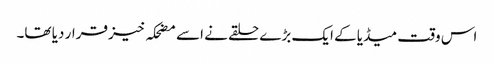
اس وقت میڈیا کے ایک بڑے حلقے نے اسے مضحکہ خیز قرار دیا تھا۔